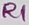
Text: R1